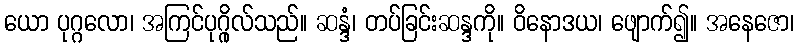
ယော ပုဂ္ဂလော၊ အကြင်ပုဂ္ဂိုလ်သည်။ ဆန္ဒံ၊ တပ်ခြင်းဆန္ဒကို။ ဝိနောဒယ၊ ဖျောက်၍။ အနေဇော၊